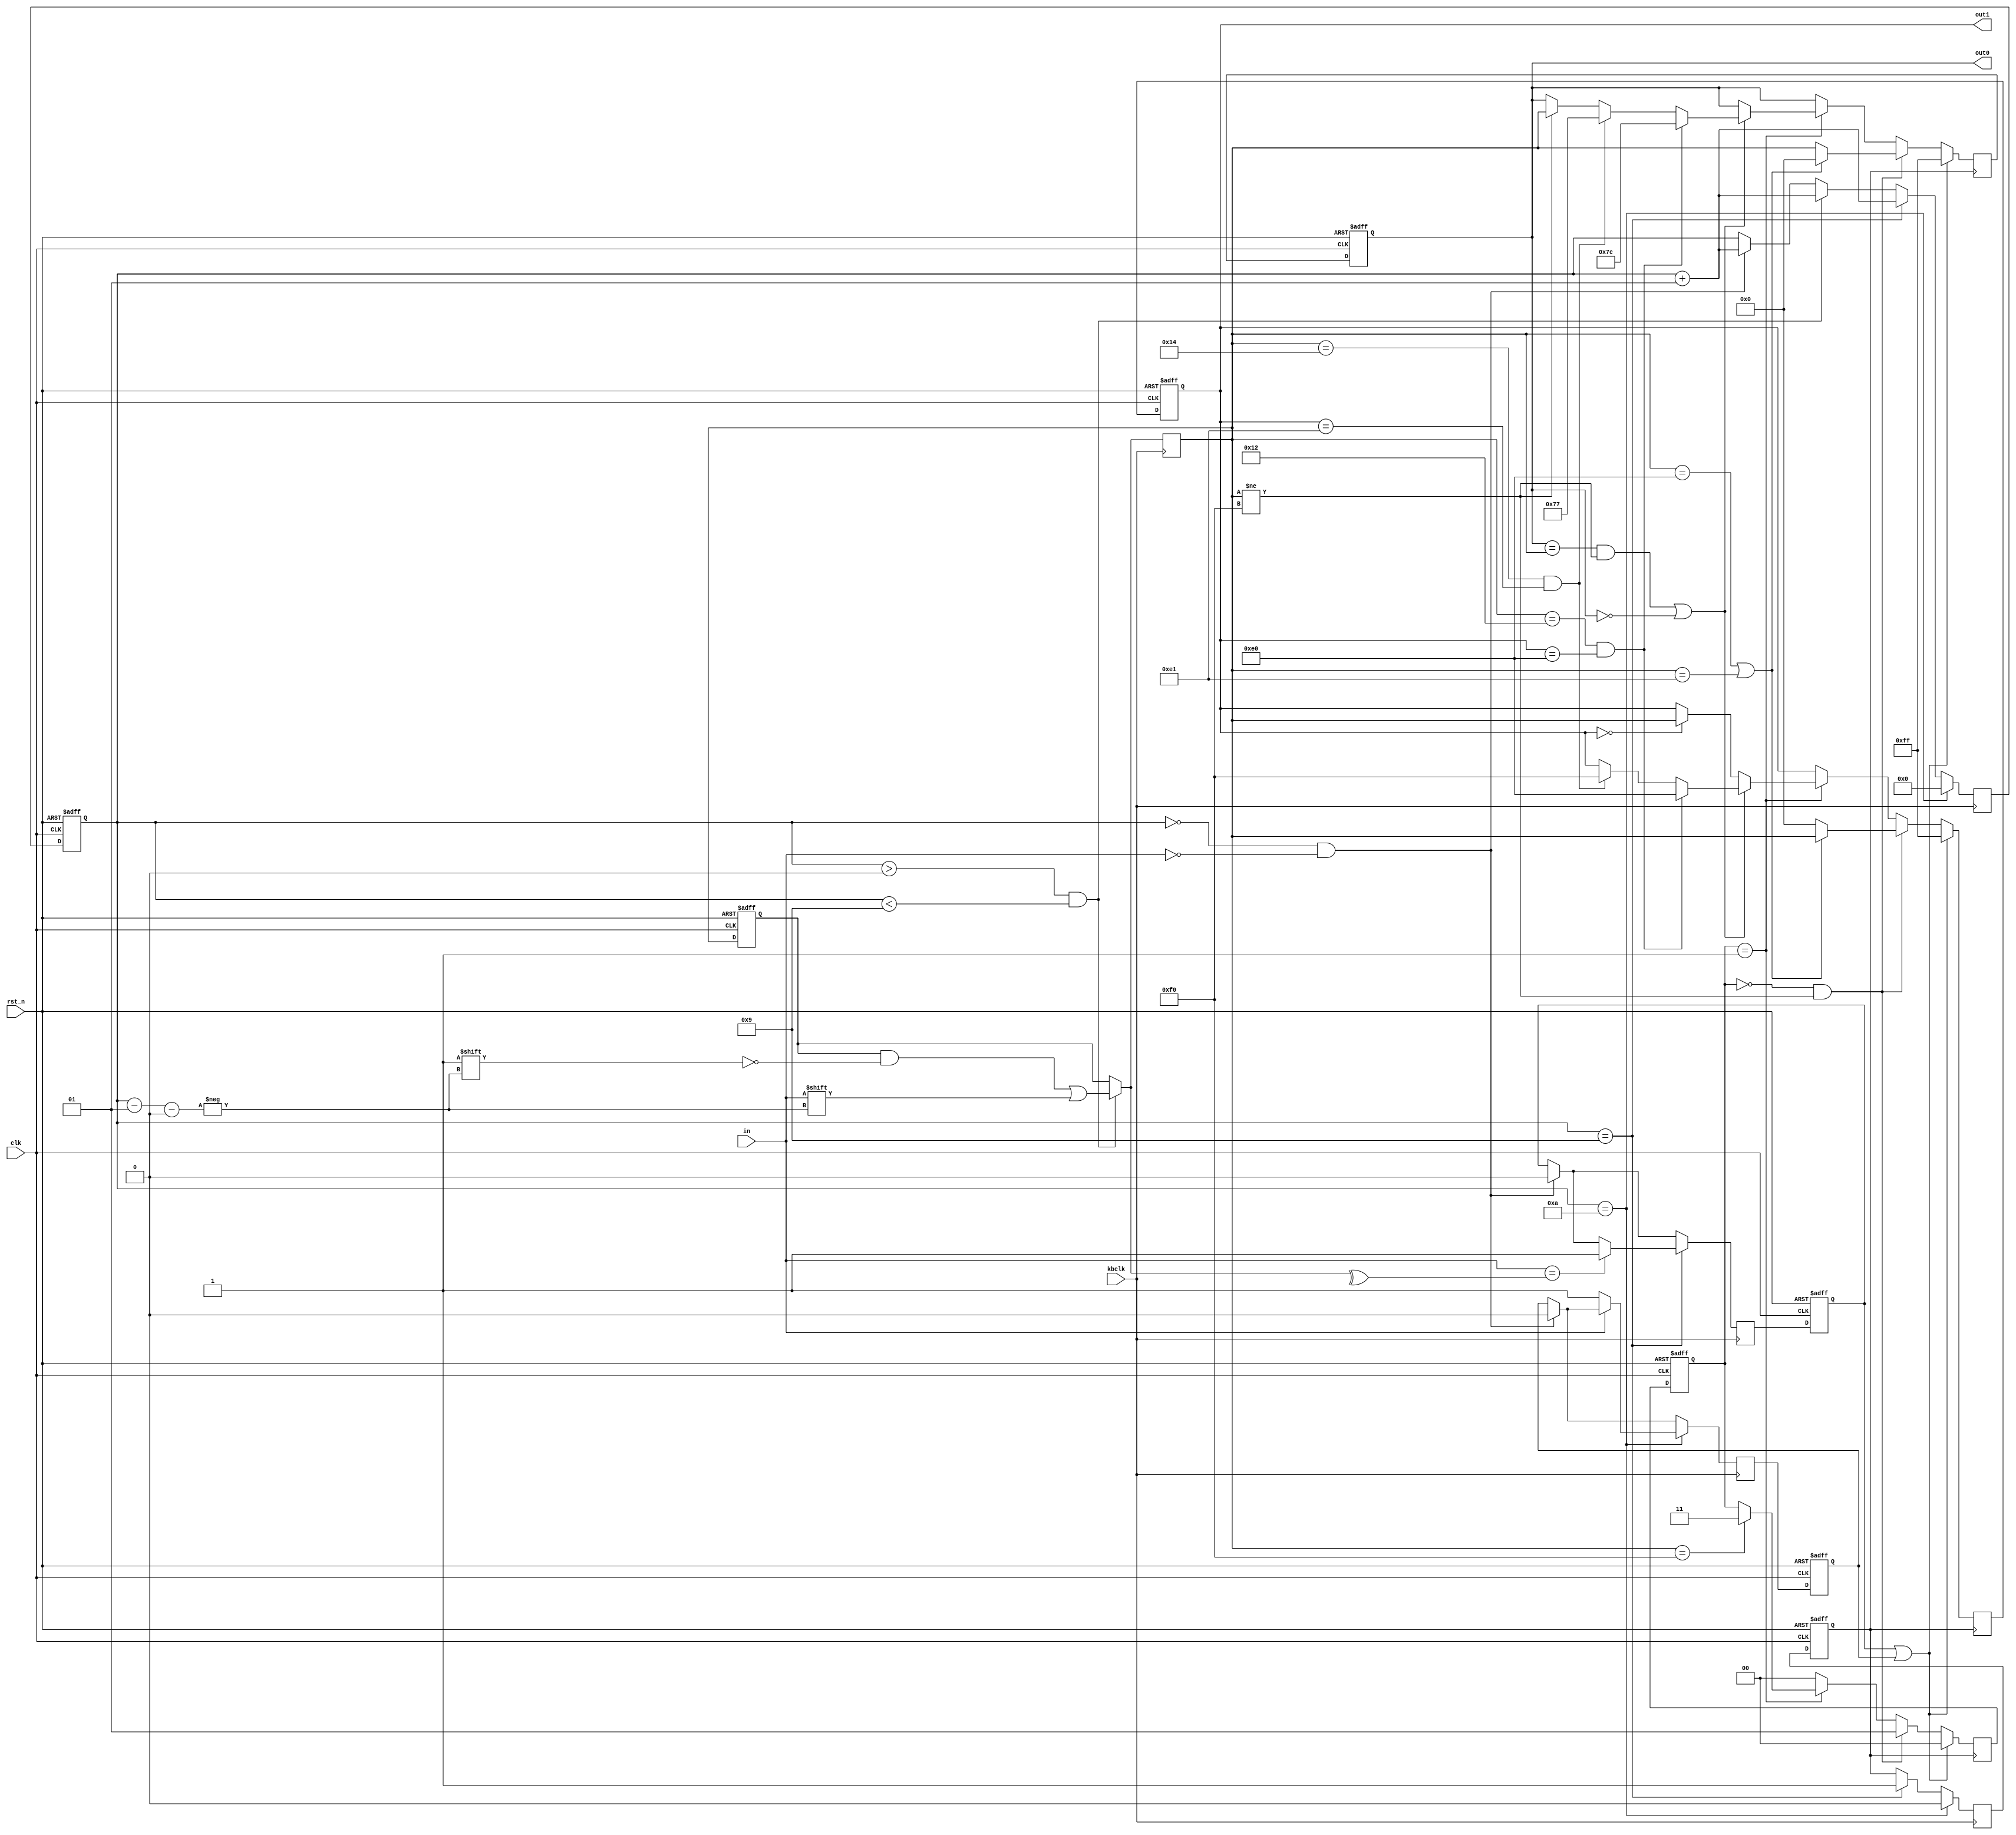
module ps2(
    input clk,
    input kbclk,
    input rst_n,
    input in,
    output [7:0] out0,
    output [7:0] out1
);

    // value used for dsiplay
    reg [7:0] data_reg, data_next;
    reg [7:0] data_reg1, data_next1;

    assign out0 = data_reg;
    assign out1 = data_reg1;

    // value used for changing value
    reg [7:0] next_reg, next_next;

    integer cnt_reg, cnt_next;
    reg [1:0] displFlag_reg, displFlag_next; 
    reg flag_reg, flag_next; 
    reg parity_reg, parity_next; 
    reg stop_reg, stop_next; 
    reg helper;

    always @(posedge clk, negedge rst_n) begin
        if(!rst_n) begin
            data_reg <= 8'h00;
            data_reg1 <= 8'h00;
            next_reg <= 8'h00;
            cnt_reg<=0; 
            flag_reg<=1'b0; 
            parity_reg<=1'b0; 
            stop_reg<=1'b0; 
            displFlag_reg<=2'b00; 
        end
        else begin
            data_reg <= data_next;
            data_reg1 <= data_next1;
            next_reg <= next_next;
            cnt_reg<=cnt_next;
            parity_reg<=parity_next; 
            stop_reg<=stop_next; 
            flag_reg<=flag_next; 
            displFlag_reg<=displFlag_next; 
        end
    end

    always @(negedge kbclk) begin

        next_next = next_reg;
        cnt_next = cnt_reg; 
        flag_next = flag_reg;
        parity_next = parity_reg;
        stop_next = stop_reg;

        if(cnt_reg == 0 && in == 1'b0) begin
            cnt_next = cnt_reg + 1;
            stop_next = 1'b0;
            parity_next = 1'b0;
        end

        if(cnt_reg > 0 && cnt_reg < 9) begin
            next_next[cnt_reg - 1] = in;
            cnt_next = cnt_reg + 1;
        end

        if(cnt_reg == 9) begin
            flag_next = 1'b1;
            helper = ^next_next;
            if(in == helper) begin
                parity_next = 1'b1;
            end
            cnt_next = cnt_reg + 1;
        end

        if(cnt_reg == 10)begin
            if(in == 1'b0) begin
                stop_next = 1'b1;
            end
            flag_next = 1'b0;
            cnt_next = 0;
        end
        
    end

    always @(negedge flag_reg) begin
        data_next = data_reg;
        data_next1 = data_reg1;
        displFlag_next=displFlag_reg;

        if(parity_reg || stop_reg) begin
            data_next = 8'hFF;
            data_next1 = 8'hFF;
            displFlag_next=2'b00;
        end
        else begin
            if(displFlag_reg==2'b00 && next_next!=8'hF0)begin

                if(next_next == 8'hE0 || next_next == 8'hE1) begin
                    data_next1 = next_next;
                    data_next = 8'h00;
                end
                else begin
                    data_next = next_next;
                    data_next1 = 8'h00; 

                end
                displFlag_next=2'b01; 
            end
            else 
            if(displFlag_reg==2'b01)begin

                if((data_reg == next_next && next_next!=8'hF0) || data_reg == 8'h00)begin
                    if(next_next == 8'h12 && data_reg1 == 8'hE0) begin
                        data_next = 8'h7C;
                        data_next1 = 8'hE0;
                    end
                    else
                    if(next_next == 8'h14 && data_reg1 == 8'hE1) begin
                        data_next = 8'h77;
                        data_next1 = 8'hF0;
                    end 
                    else
                    if(next_next != 8'hF0)
                        data_next = next_next;
                end 
                else begin
                    if(data_reg1==8'h00) begin
                        data_next1 = next_next;
                    end
                end

                if(next_next==8'hF0)begin
                    displFlag_next=2'b11;
                end
            end
            else begin
                displFlag_next=2'b00;
            end
        end

    end

endmodule